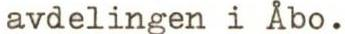
avdelingen i Åbo.